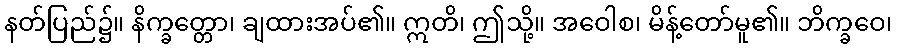
နတ်ပြည်၌။ နိက္ခတ္တော၊ ချထားအပ်၏။ ဣတိ၊ ဤသို့။ အဝေါစ၊ မိန့်တော်မူ၏။ ဘိက္ခဝေ၊